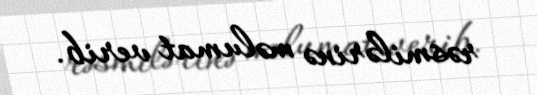
rəsmilərinə məlumat verib.